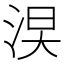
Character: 𣵖